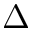
\Delta